NAE_ERA_R-1765_ENSV_Kirjanike_Liit_1945-1955, lk 41
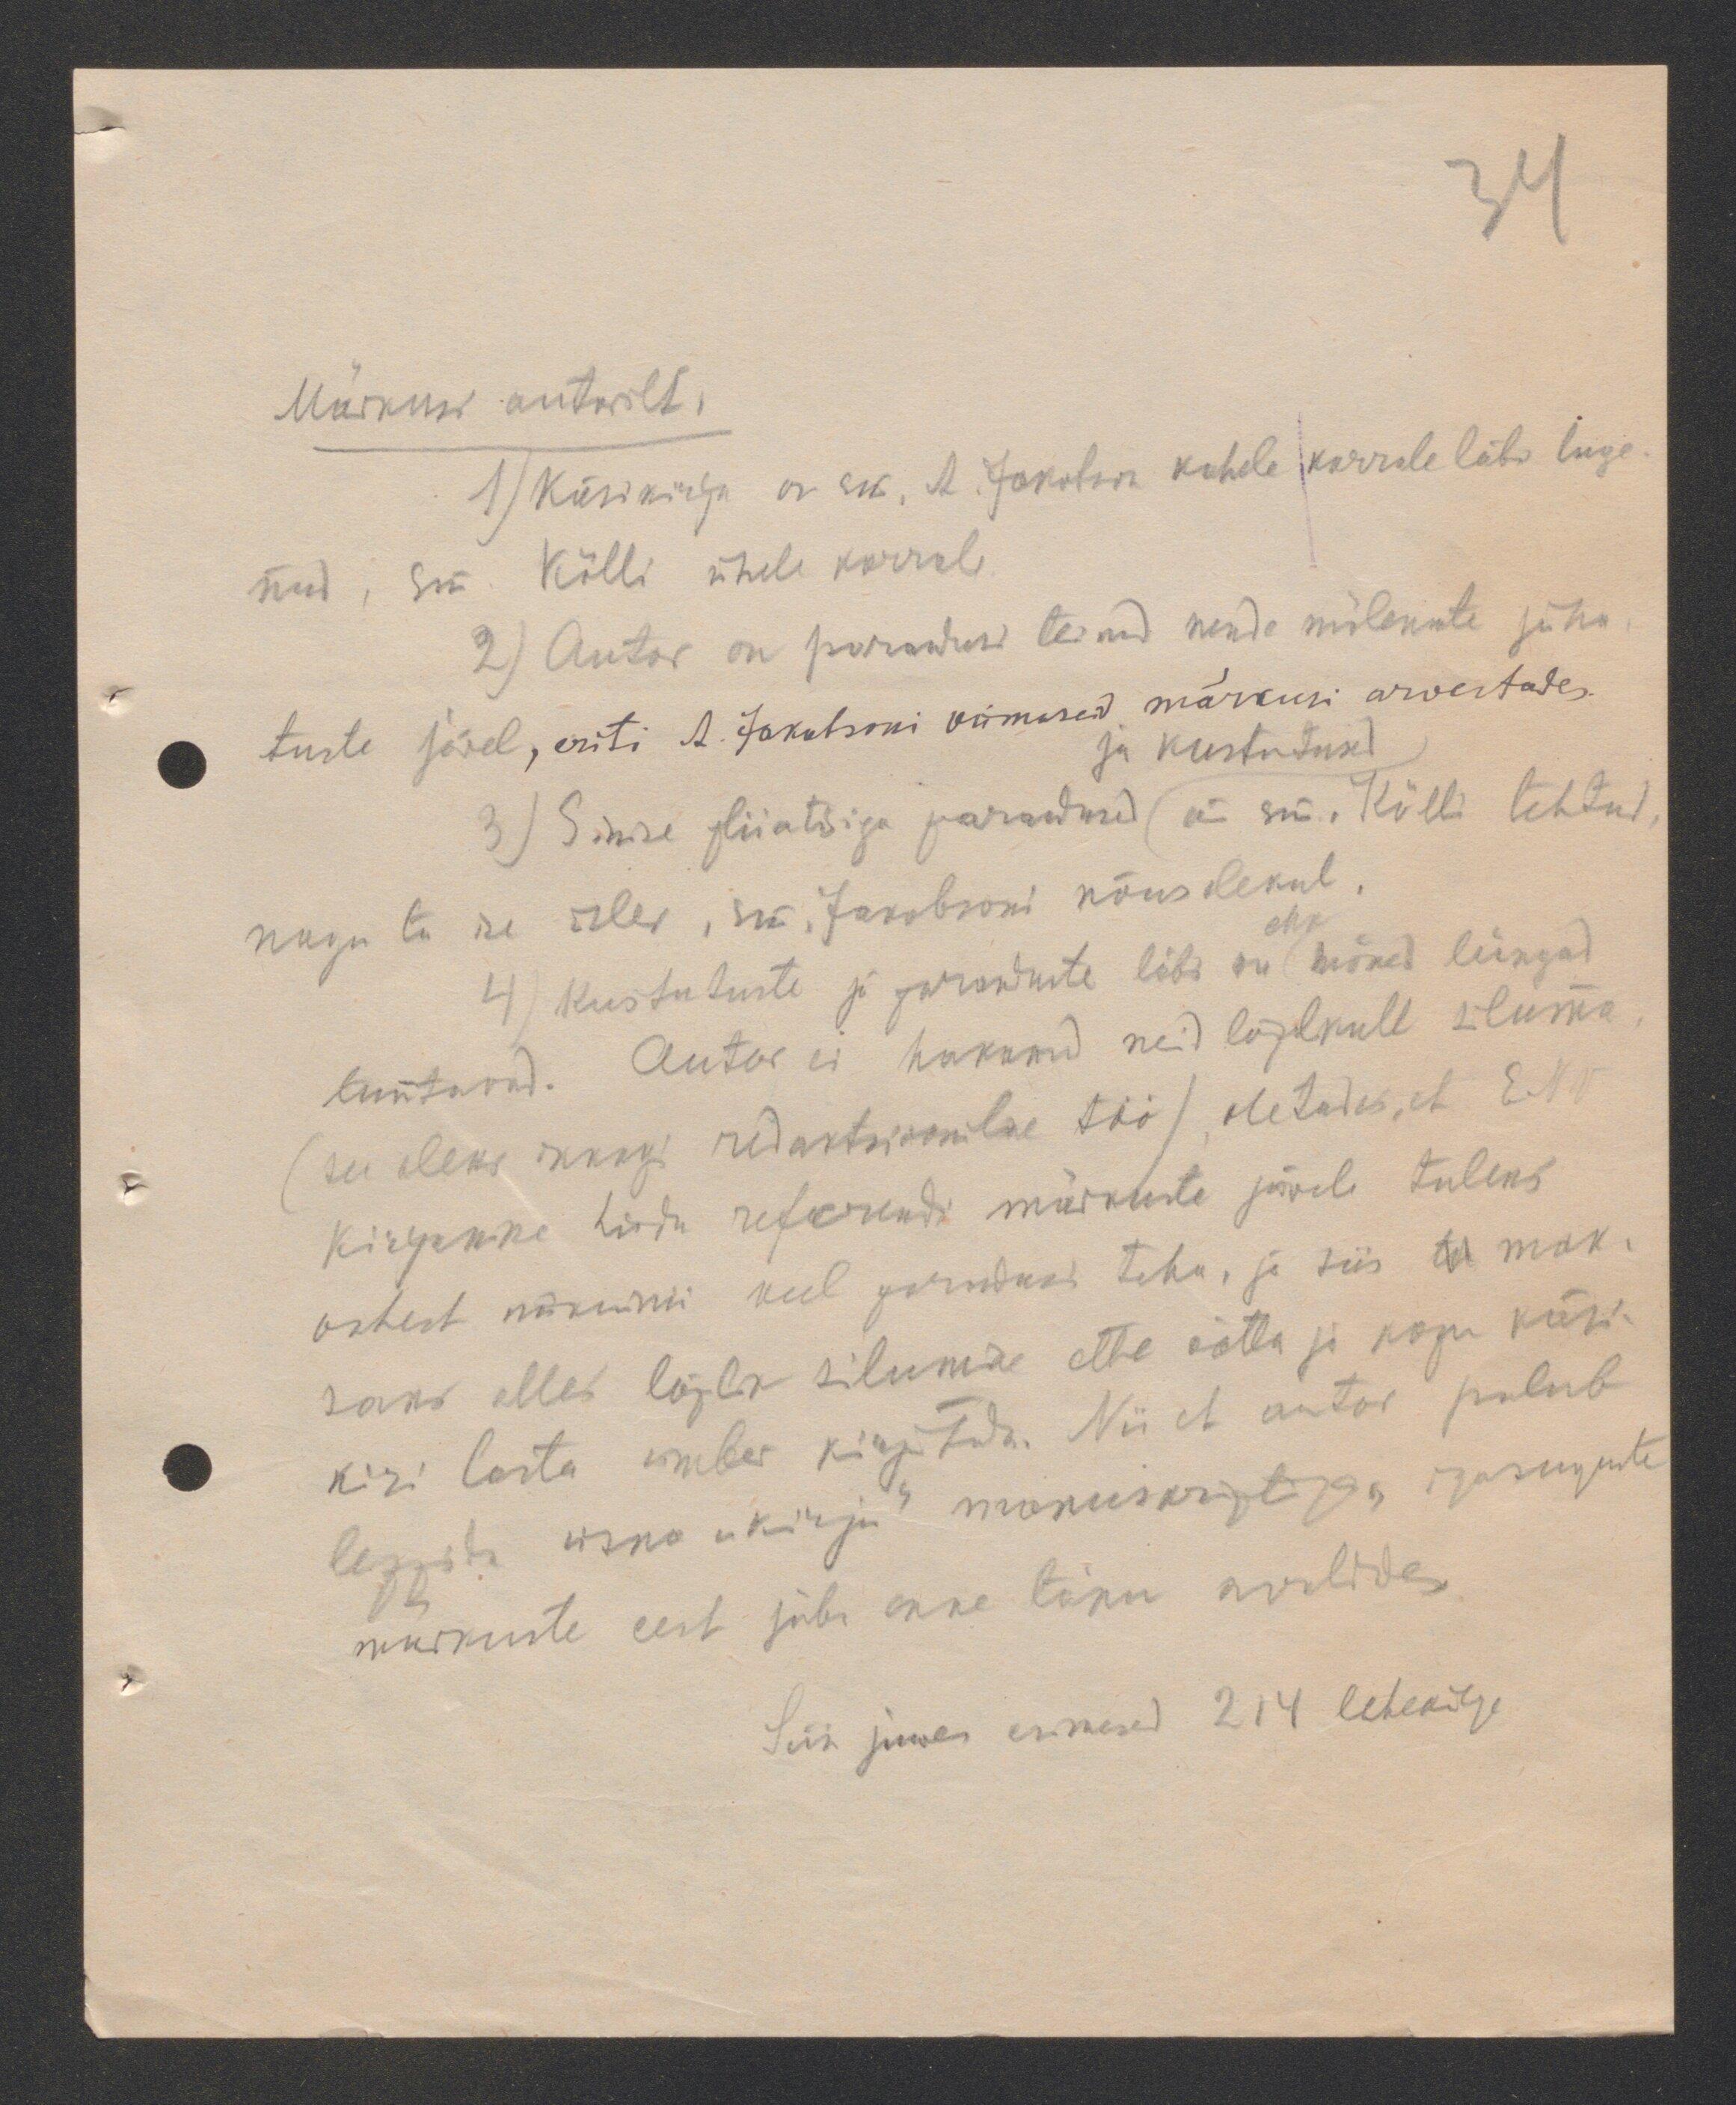
Märkusi autorilt
1) Käsikiri on sm. A. Jakobson kahele korrale läbi luge
nud. Sm. Kõlli ühele korrale
2) Autor on parandusi teinud nende mõlemate juha
tuste järele, eriti A. Jakobsoni viimaseid märkusi arvestades
ja kustutused
3) Sinise pliiatsiga parandused ( e sm. Kõlli tehtud,
nagu ta ise ütles, sm. Jakobsoni nõusolekul.
ehk
4) Kustutuste ja paranduste läbi on mõned lüngad
tuntawad. Autor ei hakanud neid lõplikult siluma
(see oleks keegi redaktsioonitu töö) oletades, et ENV
Kirjanike Liidu referendi märkuste järele tuleks
antut märkusis veel parandusi teha, ja siis ta mak-
saks alles lõplik silumine ette võtta ja kogu käsi-
kiri lasta üles kirjutada. Nii et autor palub
leppida üska "kirju" manuskriptiga igasuguste
märkuste eest juba enne tänu avaldada
Siin juures esimesed 214 lehekülge